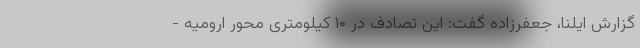
گزارش ایلنا، جعفرزاده گفت: این تصادف در ۱۰ کیلومتری محور ارومیه -